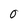
Character: O